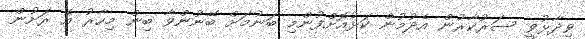
ވިދާޅުވީ ސަރުކާރުން އެދުމުން ކަޅުއޮށްފުންމި ބަނުމަށް ބޭނުންވާ ބިން މިހާރު އެ ރަށުން